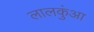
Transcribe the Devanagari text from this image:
लालकुंआ